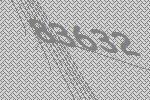
83632